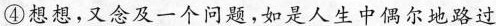
④想想，又念及一个问题，如是人生中偶尔地路过